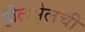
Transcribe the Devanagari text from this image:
होलसेलची